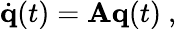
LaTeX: \dot{\mathbf{q}}(t)={\mathbf{A}}{\mathbf{q}}(t)\mathrm{~,~}